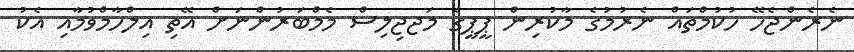
ނެރެންޖެހޭ ހުކުމްތައް ނެރުމުގެ މާކުރިން ޕީޕީގެ މަޖޖިލިސް މެމްބަރުންނަށް އޭތި އިލްހާމްވުމާއި އެކު